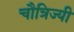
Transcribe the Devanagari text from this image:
चौत्रिज्यी